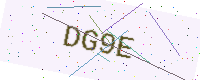
Text: DG9E